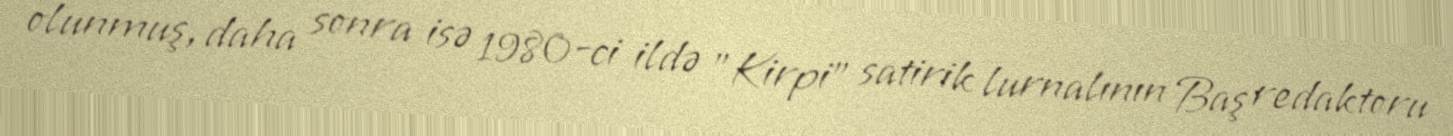
olunmuş, daha sonra isə 1980-ci ildə "Kirpi" satirik lurnalının Baş redaktoru